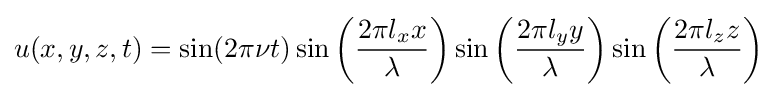
u(x,y,z,t)=\sin(2\pi \nu t)\sin \left({\frac {2\pi l_{x}x}{\lambda }}\right)\sin \left({\frac {2\pi l_{y}y}{\lambda }}\right)\sin \left({\frac {2\pi l_{z}z}{\lambda }}\right)